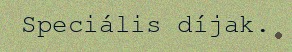
Speciális díjak.